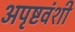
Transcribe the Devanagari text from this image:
अपृष्टवंशी